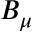
B _ { \mu }